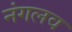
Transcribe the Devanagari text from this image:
नंगलव